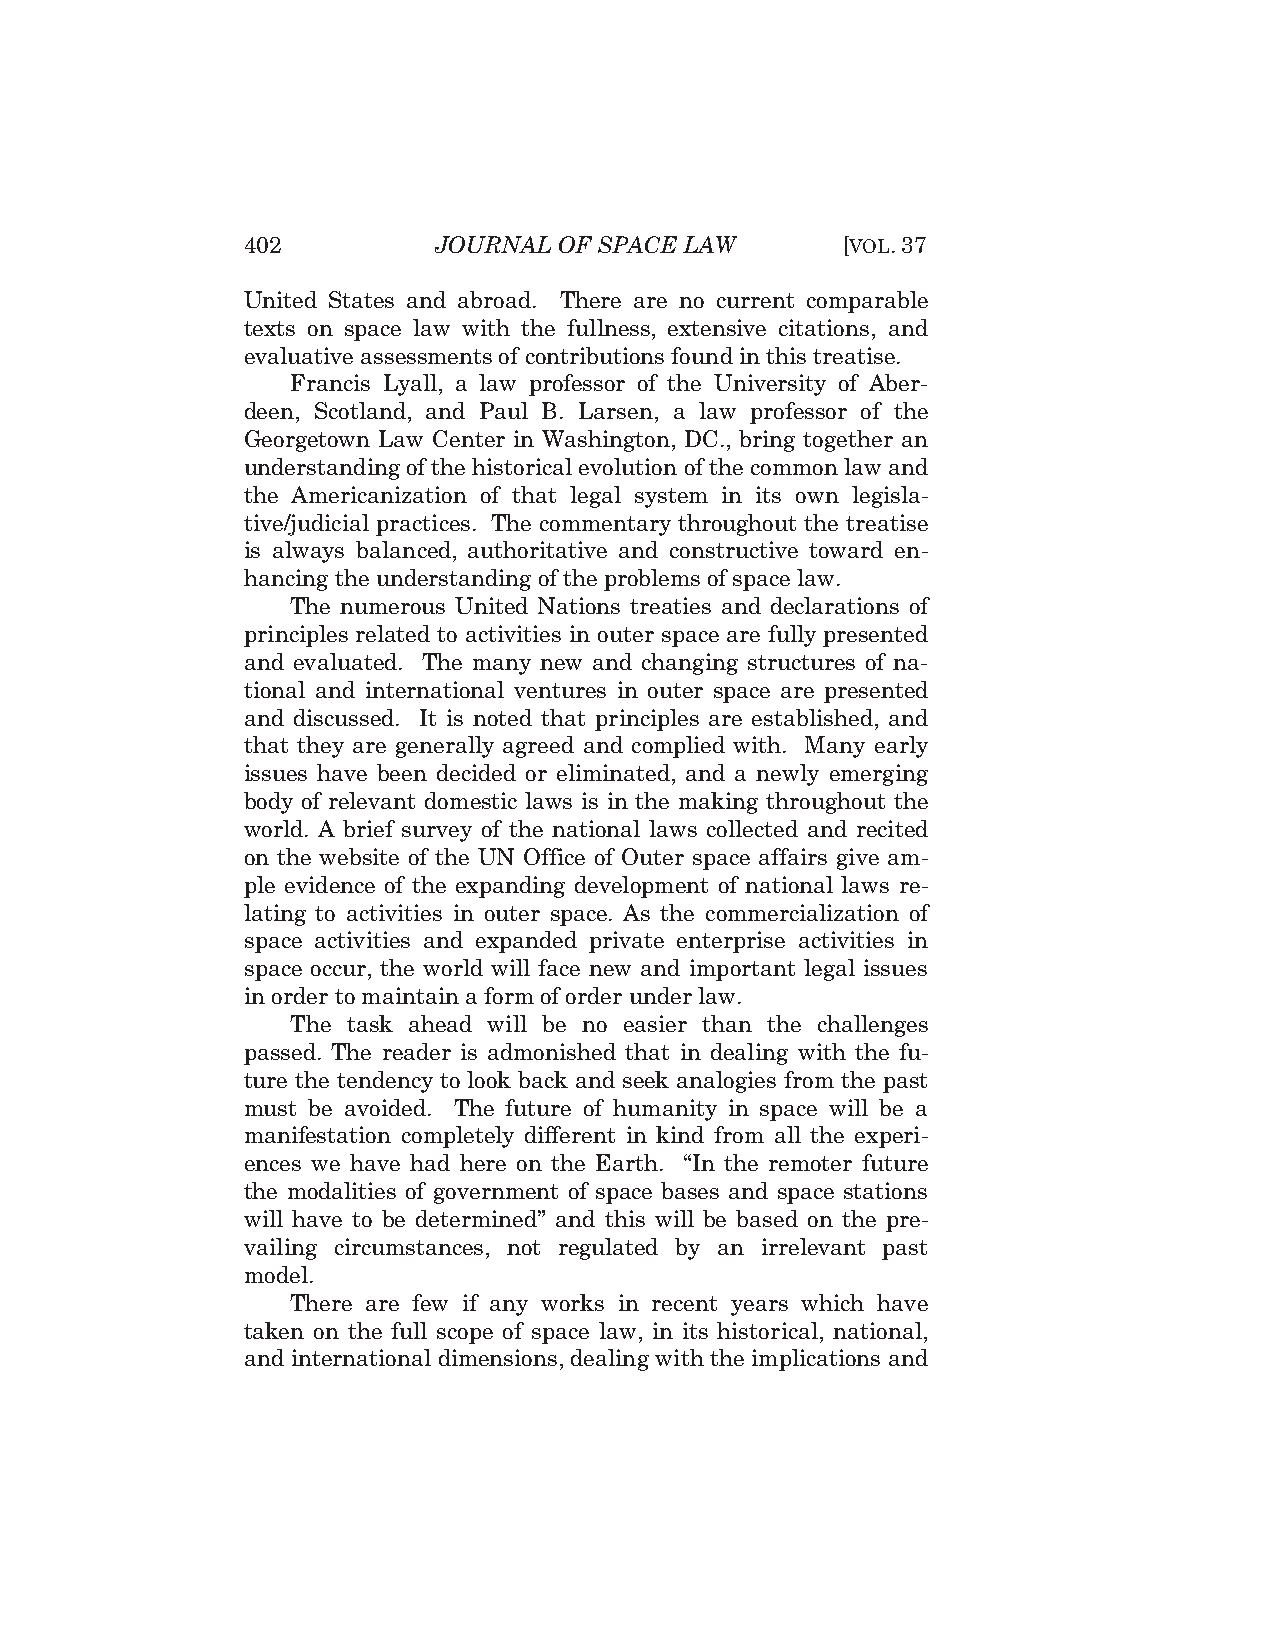
402          JOURNAL OF SPACE LAW       [VOL.37
 United States and abroad. There are no current comparable
 texts on space law with the fullness, extensive citations, and
 evaluative assessments of contributions found in this treatise.
 Francis Lyall, a law professor of the University of Aber-
 deen, Scotland, and Paul B. Larsen, a law professor of the
 Georgetown Law Center in Washington, DC., bring together an
 understanding of the historical evolution of the common law and
 the Americanization of that legal system in its own legisla-
 tive/judicial practices. The commentary throughout the treatise
 is always balanced, authoritative and constructive toward en-
 hancing the understanding of the problems of space law.
 The numerous United Nations treaties and declarations of
 principles related to activities in outer space are fully presented
 and evaluated. The many new and changing structures of na-
 tional and international ventures in outer space are presented
 and discussed. It is noted that principles are established, and
 that they are generally agreed and complied with. Many early
 issues have been decided or eliminated, and a newly emerging
 body of relevant domestic laws is in the making throughout the
 world. A brief survey of the national laws collected and recited
 on the website of the UN Office of Outer space affairs give am-
 ple evidence of the expanding development of national laws re-
 lating to activities in outer space. As the commercialization of
 space activities and expanded private enterprise activities in
 space occur, the world will face new and important legal issues
 in order to maintain a form of order under law.
 The task ahead will be no easier than the challenges
 passed. The reader is admonished that in dealing with the fu-
 ture the tendency to look back and seek analogies from the past
 must be avoided. The future of humanity in space will be a
 manifestation completely different in kind from all the experi-
 ences we have had here on the Earth. “In the remoter future
 the modalities of government of space bases and space stations
 will have to be determined” and this will be based on the pre-
 vailing circumstances, not regulated by an irrelevant past
 model.
 There are few if any works in recent years which have
 taken on the full scope of space law, in its historical, national,
 and international dimensions, dealing with the implications and